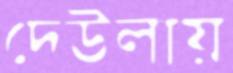
দেউলায়